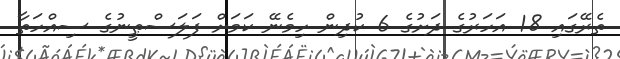
ތެރޭގައި 18 އަހަރުގެ ދަށުގެ 6 ކުދިން ހިމެނޭ ކަމަށް ފަލަސްޠީނުގެ ސިއްހަތާ